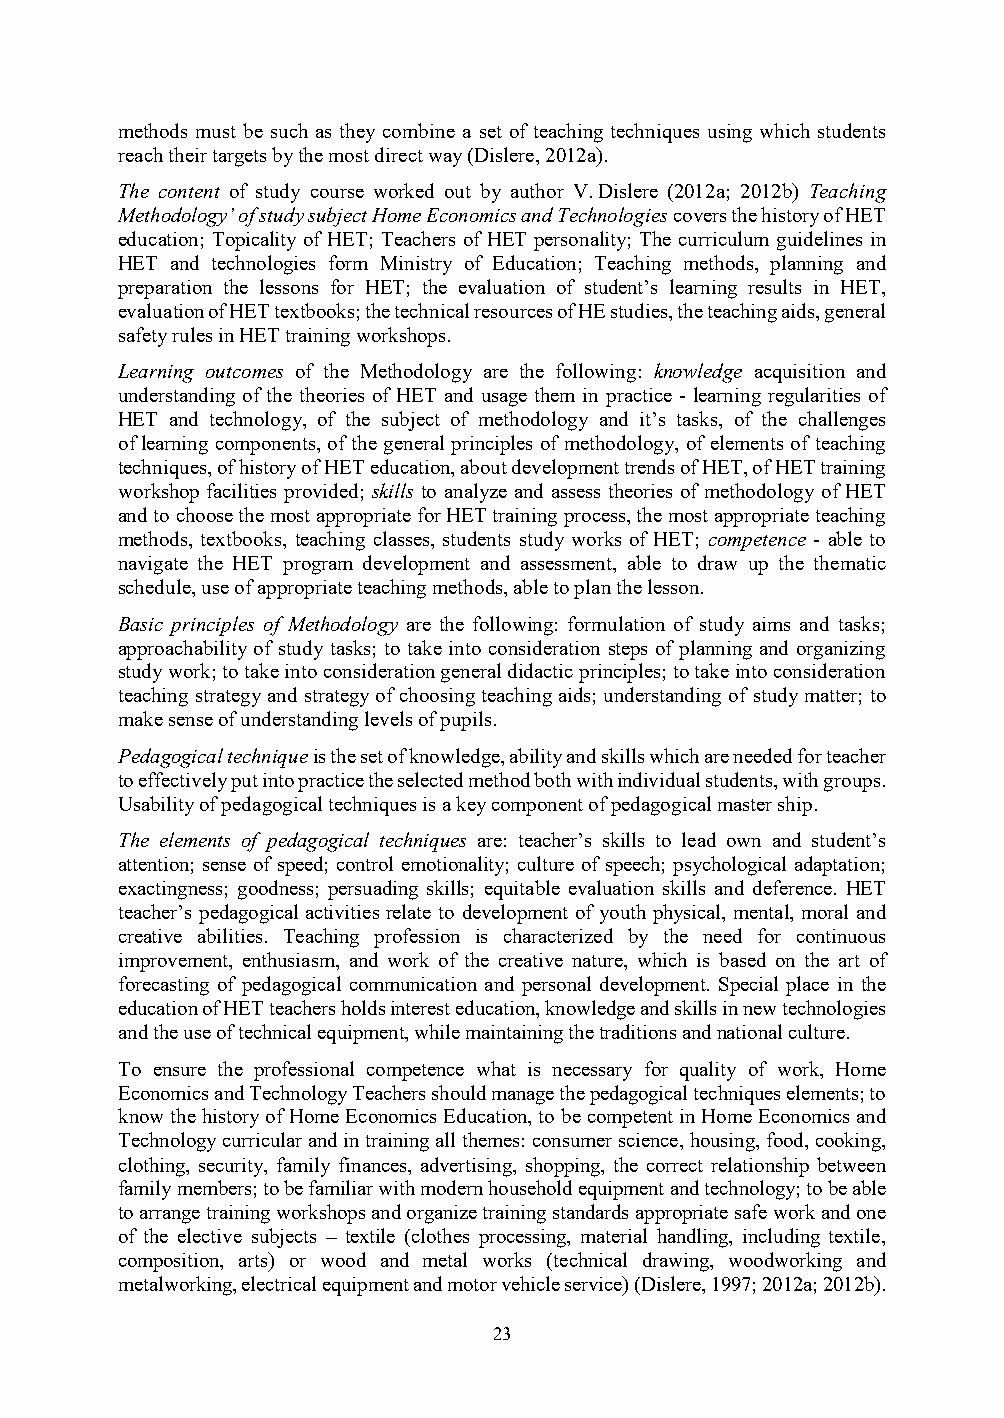
methods must be such as they combine a set of teaching techniques using which students
 reach their targets by the most direct way (Dislere, 2012a).
 The content of study course worked out by author V. Dislere (2012a; 2012b) Teaching
 Methodology’ of study subject Home Economics and Technologies covers the history of HET
 education; Topicality of HET; Teachers of HET personality; The curriculum guidelines in
 HET and technologies form Ministry of Education; Teaching methods, planning and
 preparation the lessons for HET; the evaluation of student’s learning results in HET,
 evaluation of HET textbooks; the technical resources of HE studies, the teaching aids, general
 safety rules in HET training workshops.
 Learning outcomes of the Methodology are the following: knowledge acquisition and
 understanding of the theories of HET and usage them in practice - learning regularities of
 HET and technology, of the subject of methodology and it’s tasks, of the challenges
 of learning components, of the general principles of methodology, of elements of teaching
 techniques, of history of HET education, about development trends of HET, of HET training
 workshop facilities provided; skills to analyze and assess theories of methodology of HET
 and to choose the most appropriate for HET training process, the most appropriate teaching
 methods, textbooks, teaching classes, students study works of HET; competence - able to
 navigate the HET program development and assessment, able to draw up the thematic
 schedule, use of appropriate teaching methods, able to plan the lesson.
 Basic principles of Methodology are the following: formulation of study aims and tasks;
 approachability of study tasks; to take into consideration steps of planning and organizing
 study work; to take into consideration general didactic principles; to take into consideration
 teaching strategy and strategy of choosing teaching aids; understanding of study matter; to
 make sense of understanding levels of pupils.
 Pedagogical technique is the set of knowledge, ability and skills which are needed for teacher
 to effectively put into practice the selected method both with individual students, with groups.
 Usability of pedagogical techniques is a key component of pedagogical master ship.
 The elements of pedagogical techniques are: teacher’s skills to lead own and student’s
 attention; sense of speed; control emotionality; culture of speech; psychological adaptation;
 exactingness; goodness; persuading skills; equitable evaluation skills and deference. HET
 teacher’s pedagogical activities relate to development of youth physical, mental, moral and
 creative abilities. Teaching profession is characterized by the need for continuous
 improvement, enthusiasm, and work of the creative nature, which is based on the art of
 forecasting of pedagogical communication and personal development. Special place in the
 education of HET teachers holds interest education, knowledge and skills in new technologies
 and the use of technical equipment, while maintaining the traditions and national culture.
 To ensure the professional competence what is necessary for quality of work, Home
 Economics and Technology Teachers should manage the pedagogical techniques elements; to
 know the history of Home Economics Education, to be competent in Home Economics and
 Technology curricular and in training all themes: consumer science, housing, food, cooking,
 clothing, security, family finances, advertising, shopping, the correct relationship between
 family members; to be familiar with modern household equipment and technology; to be able
 to arrange training workshops and organize training standards appropriate safe work and one
 of the elective subjects – textile (clothes processing, material handling, including textile,
 composition, arts) or wood and metal works (technical drawing, woodworking and
 metalworking, electrical equipment and motor vehicle service) (Dislere, 1997; 2012a; 2012b).
 23